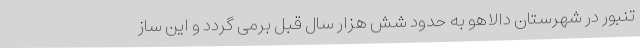
تنبور در شهرستان دالاهو به حدود شش هزار سال قبل برمی گردد و این ساز